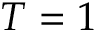
T = 1